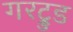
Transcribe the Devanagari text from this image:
गरट्रुड